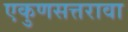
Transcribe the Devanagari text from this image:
एकुणसत्तरावा